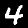
Label: 4